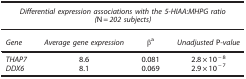
<table><thead><tr><td colspan="4"><b><i>Differential expression associations with the 5-HIAA:MHPG ratio (</i>N<i>=202 subjects)</i></b></td></tr><tr><td><b><i>Gene</i></b></td><td><b><i>Average gene expression</i></b></td><td><b>βa</b></td><td><b><i>Unadjusted</i> P<i>-value</i></b></td></tr></thead><tbody><tr><td><i>THAP7</i></td><td>8.6</td><td>0.081</td><td>2.8 × 10<sup>−8</sup></td></tr><tr><td><i>DDX6</i></td><td>8.1</td><td>0.069</td><td>2.9 × 10<sup>−7</sup></td></tr></tbody></table>